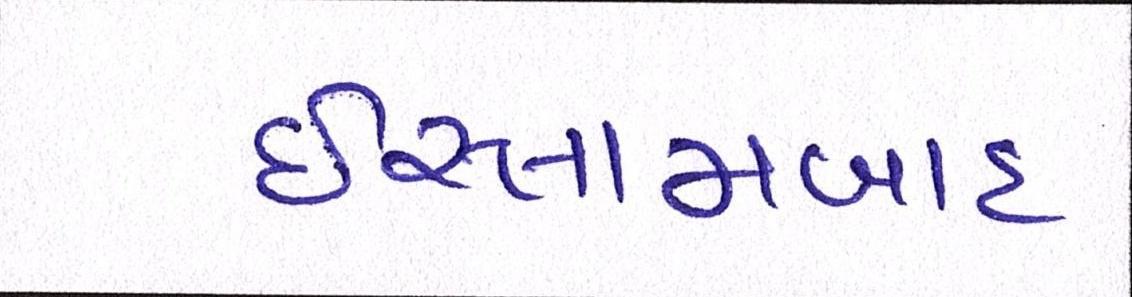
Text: ઇસ્લામાબાદ